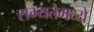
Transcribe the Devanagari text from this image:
सभ्यतेमध्ये